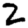
Digit: 2